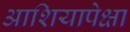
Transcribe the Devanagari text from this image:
आशियापेक्षा